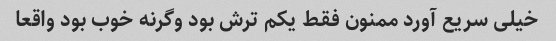
خیلی سریع آورد ممنون فقط یکم ترش بود وگرنه خوب بود واقعا